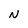
Character: N